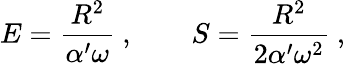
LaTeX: E={\frac{R^{2}}{\alpha^{\prime}\omega}}\ ,\qquad S={\frac{R^{2}}{2\alpha^{\prime}\omega^{2}}}\ ,